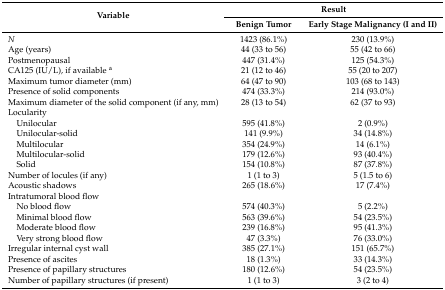
<table><thead><tr><td rowspan="2"><b>Variable</b></td><td colspan="2"><b>Result</b></td></tr><tr><td><b>Benign Tumor</b></td><td><b>Early Stage Malignancy (I and II)</b></td></tr></thead><tbody><tr><td><i>N</i></td><td>1423 (86.1%)</td><td>230 (13.9%)</td></tr><tr><td>Age (years)</td><td>44 (33 to 56)</td><td>55 (42 to 66)</td></tr><tr><td>Postmenopausal</td><td>447 (31.4%)</td><td>125 (54.3%)</td></tr><tr><td>CA125 (IU/L), if available <sup>a</sup></td><td>21 (12 to 46)</td><td>55 (20 to 207)</td></tr><tr><td>Maximum tumor diameter (mm)</td><td>64 (47 to 90)</td><td>103 (68 to 143)</td></tr><tr><td>Presence of solid components</td><td>474 (33.3%)</td><td>214 (93.0%)</td></tr><tr><td>Maximum diameter of the solid component (if any, mm)</td><td>28 (13 to 54)</td><td>62 (37 to 93)</td></tr><tr><td>Locularity</td><td></td><td></td></tr><tr><td> Unilocular</td><td>595 (41.8%)</td><td>2 (0.9%)</td></tr><tr><td> Unilocular-solid</td><td>141 (9.9%)</td><td>34 (14.8%)</td></tr><tr><td> Multilocular</td><td>354 (24.9%)</td><td>14 (6.1%)</td></tr><tr><td> Multilocular-solid</td><td>179 (12.6%)</td><td>93 (40.4%)</td></tr><tr><td> Solid</td><td>154 (10.8%)</td><td>87 (37.8%)</td></tr><tr><td>Number of locules (if any)</td><td>1 (1 to 3)</td><td>5 (1.5 to 6)</td></tr><tr><td>Acoustic shadows</td><td>265 (18.6%)</td><td>17 (7.4%)</td></tr><tr><td>Intratumoral blood flow</td><td></td><td></td></tr><tr><td> No blood flow</td><td>574 (40.3%)</td><td>5 (2.2%)</td></tr><tr><td> Minimal blood flow</td><td>563 (39.6%)</td><td>54 (23.5%)</td></tr><tr><td> Moderate blood flow</td><td>239 (16.8%)</td><td>95 (41.3%)</td></tr><tr><td> Very strong blood flow</td><td>47 (3.3%)</td><td>76 (33.0%)</td></tr><tr><td>Irregular internal cyst wall</td><td>385 (27.1%)</td><td>151 (65.7%)</td></tr><tr><td>Presence of ascites</td><td>18 (1.3%)</td><td>33 (14.3%)</td></tr><tr><td>Presence of papillary structures</td><td>180 (12.6%)</td><td>54 (23.5%)</td></tr><tr><td>Number of papillary structures (if present)</td><td>1 (1 to 3)</td><td>3 (2 to 4)</td></tr></tbody></table>